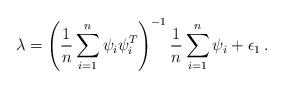
LaTeX: \begin{align*}\lambda = \left(\frac{1}{n} \sum_{i=1}^n \psi_i \psi_i^T \right)^{-1} \frac{1}{n} \sum_{i=1}^n \psi_i + \epsilon_1 \,.\end{align*}